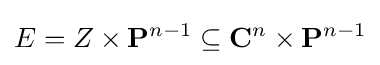
E=Z\times \mathbf {P} ^{n-1}\subseteq \mathbf {C} ^{n}\times \mathbf {P} ^{n-1}